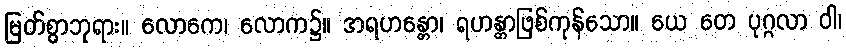
မြတ်စွာဘုရား။ လောကေ၊ လောက၌။ အရဟန္တော၊ ရဟန္တာဖြစ်ကုန်သော။ ယေ တေ ပုဂ္ဂလာ ဝါ၊